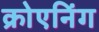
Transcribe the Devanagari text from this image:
क्रोएनिंग